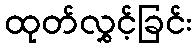
ထုတ်လွှင့်ခြင်း